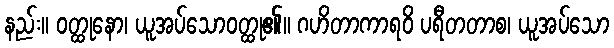
နည်း။ ဝတ္ထုနော၊ ယူအပ်သောဝတ္ထု၏။ ဂဟိတာကာရဝိ ပရီတတာစ၊ ယူအပ်သော